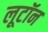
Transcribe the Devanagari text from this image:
लूटॉन